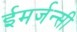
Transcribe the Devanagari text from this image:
ईमर्जन्सी